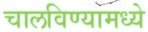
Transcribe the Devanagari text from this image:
चालविण्यामध्ये